Vaccination United Provinces of Agra and Oudh 1914-1922 - 1914-1922
Year: 1914
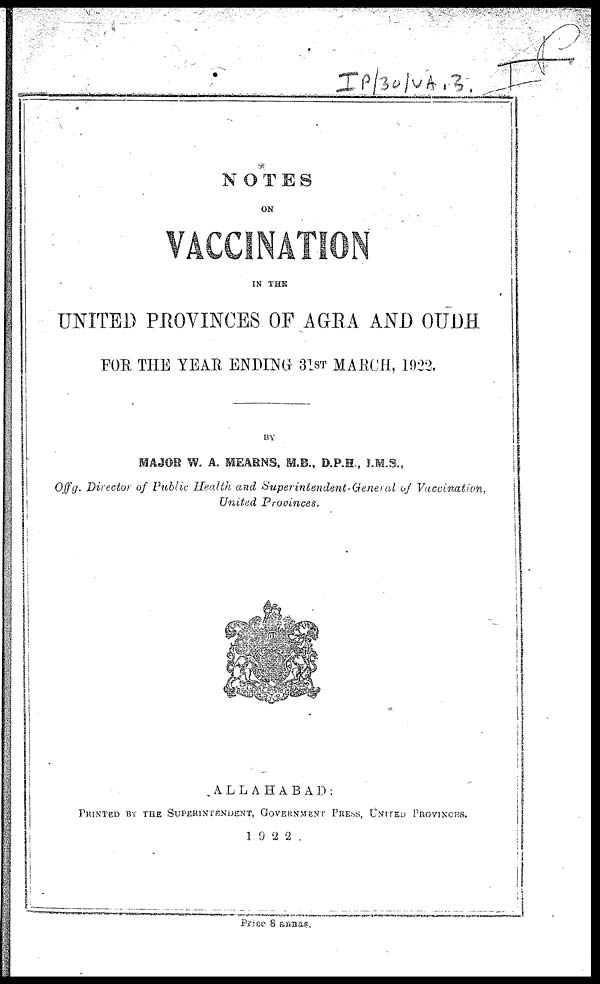
NOTES
ON
VACCINATION
IN THE
UNITED PROVINCES OF AGRA AND OUDH
FOR THE YEAR ENDING 31st MARCH, 1922.
BY
MAJOR W. A. MEARNS, M.B., D.P.H., I.M.S.,
Offg. Director of Public Health and Superintendent-General
of
Vaccination,
United
Provinces.
ALLAHABAD:
PRINTED BY THE SUPERINTENDENT, GOVERNMENT PRESS, UNITED PROVINCES.
1922.
Price 8 annas.